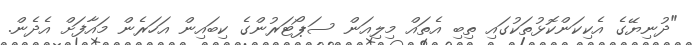
"ދުނިޔޭގެ އެކިކަންކޮޅުތަކުގައި ތިބި އެތައް މިލިއަން ސަޕޯޓަރުންގެ ކިބައިން އަހަރެން މައާފަށް އެދެން.